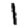
Digit: 1